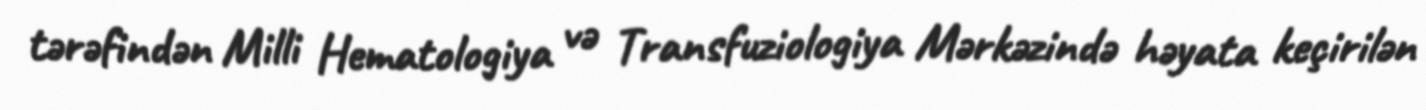
tərəfindən Milli Hematologiya və Transfuziologiya Mərkəzində həyata keçirilən